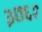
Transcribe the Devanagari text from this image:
३७६१